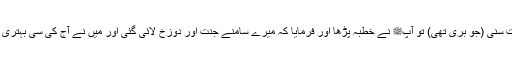
1598: سیدنا انس بن مالکؓ کہتے ہیں کہ رسول اللہﷺ نے اپنے اصحاب کی کوئی بات سنی (جو بُری تھی) تو آپﷺ نے خطبہ پڑھا اور فرمایا کہ میرے سامنے جنت اور دوزخ لائی گئی اور میں نے آج کی سی بہتری اور آج کی سی بُرائی کبھی نہیں دیکھی (یعنی جنت میں نعمتیں اور دوزخ میں عذاب)۔